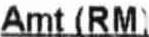
AMT (RM)